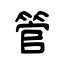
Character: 管